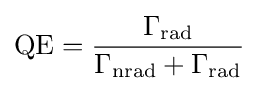
{\text{QE}}={\frac {\Gamma _{\text{rad}}}{\Gamma _{\text{nrad}}+\Gamma _{\text{rad}}}}